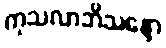
ကုသလာဘိသန္ဒော